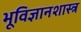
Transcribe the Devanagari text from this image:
भूविज्ञानशास्त्र